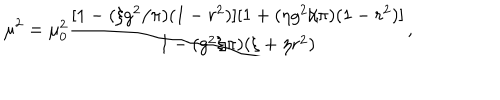
\mu ^ { 2 } = \mu _ { 0 } ^ { 2 } { \frac { [ 1 - ( \xi g ^ { 2 } / \pi ) ( 1 - r ^ { 2 } ) ] [ 1 + ( \eta g ^ { 2 } / \pi ) ( 1 - r ^ { 2 } ) ] } { 1 - ( g ^ { 2 } / \pi ) ( \xi + \eta r ^ { 2 } ) } } ,